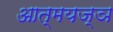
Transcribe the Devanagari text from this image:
आत्मयज्ञ